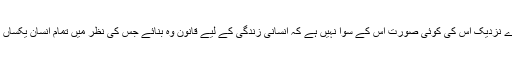
میرے نزدیک اس کی کوئی صورت اس کے سوا نہیں ہے کہ انسانی زندگی کے لیے قانون وہ بنائے جس کی نظر میں تمام انسان یکساں ہوں۔